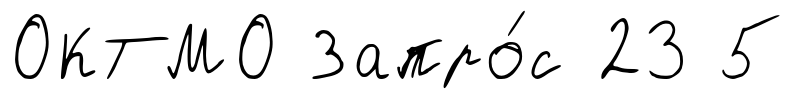
ОКТМО Запро́с 23 5